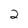
Character: 2